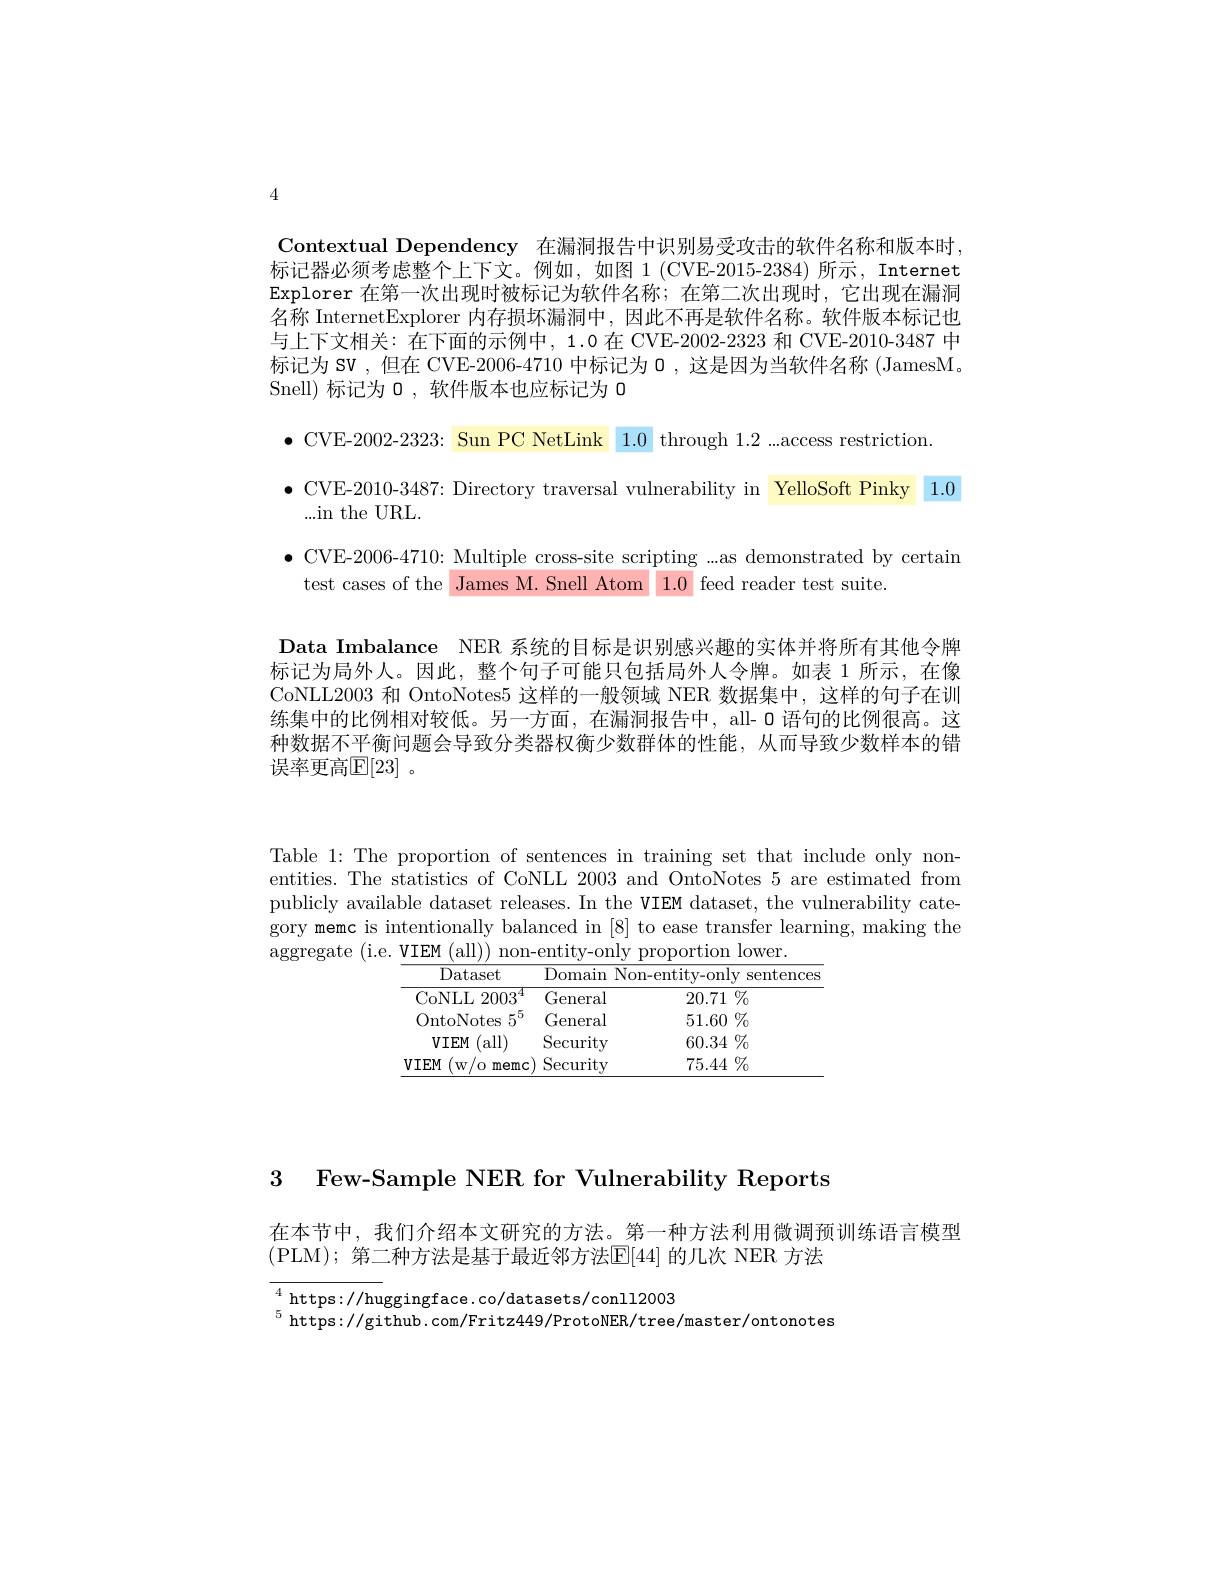
4

Contextual Dependency 在漏洞报告中识别易受攻击的软件名称和版本时， 标记器必须考虑整个上下文。例如，如图 1(CVE-2015-2384) 所示，Internet Explorer 在第一次出现时被标记为软件名称；在第二次出现时，它出现在漏洞名称 InternetExplorer 内存损坏漏洞中，因此不再是软件名称。软件版本标记也与上下文相关：在下面的示例中，1.0 在 CVE-2002-2323 和 CVE-2010-3487 中标记为 SV ,但在 CVE-2006-4710 中标记为 0 , 这是因为当软件名称 (JamesM。Snell) 标记为 0 , 软件版本也应标记为 0

$\bullet$ CVE-2002-2323: Sun PC NetLink 1.0 through 1.2...access restriction.

$\bullet$ CVE-2010-3487: Directory traversal vulnerability in YelloSoft Pinky 1.0

...in the URL.

$\bullet$ CVE-2006-4710: Multiple cross-site scripting ...as demonstrated by certain

test cases of the James M. Snell Atom 1.0 feed reader test suite

Data Imbalance NER 系统的目标是识别感兴趣的实体并将所有其他令牌标记为局外人。因此，整个句子可能只包括局外人令牌。如表 1 所示，在像CoNLL2003 和 OntoNotes5 这样的一般领域 NER 数据集中，这样的句子在训练集中的比例相对较低。另一方面，在漏洞报告中，all- 0 语句的比例很高。这种数据不平衡问题会导致分类器权衡少数群体的性能，从而导致少数样本的错误率更高$\mathbb{E}[23]$。

Table 1: The proportion of sentences in training set that include only nonentities. The statistics of CoNLL 2003 and OntoNotes 5 are estimated from publicly available dataset releases. In the VIEM dataset, the vulnerability category memc is intentionally balanced in [8] to ease transfer learning, making the aggregate (i.e. VIEM (all)) non-entity-only proportion lower.

<table>
	<tbody>
		<tr>
			<th>Dataset</th>
			<th>$\operatorname{Domain}$ $N$</th>
			<th>n- entitv- onlv s sentences</th>
		</tr>
		<tr>
			<td>CoNLL $2003^{4}$</td>
			<td>General</td>
			<td>20.71 $1\%$</td>
		</tr>
		<tr>
			<td>OntoNotes $5^{0}$</td>
			<td>General</td>
			<td>$51.60\%$</td>
		</tr>
		<tr>
			<td>$VIEM$ all)</td>
			<td>$\operatorname{Security}$</td>
			<td>$60.34\%$</td>
		</tr>
		<tr>
			<td>$VIEM$ $W$ T memc</td>
			<td>Security</td>
			<td>$75.44\%$</td>
		</tr>
	</tbody>
</table>

3 Few-Sample NER for Vulnerability Reports

在本节中，我们介绍本文研究的方法。第一种方法利用微调预训练语言模型
(PLM); 第二种方法是基于最近邻方法[E[44] 的几次 NER 方法

${_5^{4}\mathrm{~https://huggingface.co/datasets/conll2003}}$
$^{5}$ https://github.com/Fritz449/ProtoNER/tree/master/ontonotes